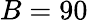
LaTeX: B=90